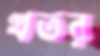
খতর